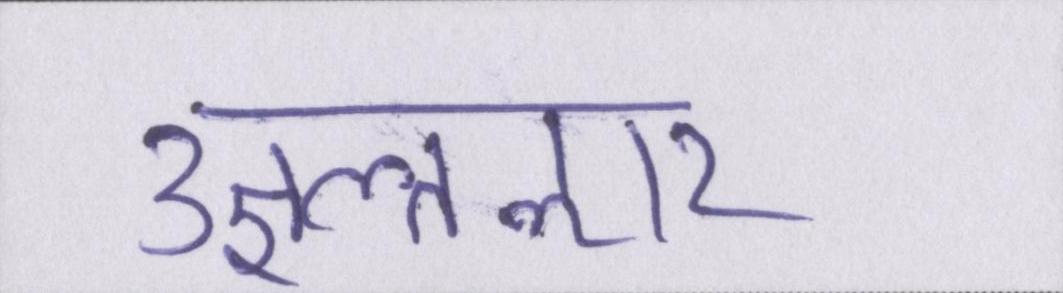
उज्ञल्तऌार